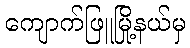
ကျောက်ဖြူမြို့နယ်မှ